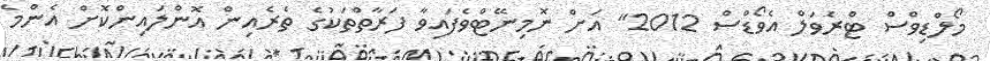
މޯލްޑިވްސް ޓްރެވަލް އެވޯޑްސް 2012" އަށް ނޮމިނޭޓްވެފައިވާ ފަރާތްތަކުގެ ތެރެއިން އޮންލައިންކޮށް އެންމެ